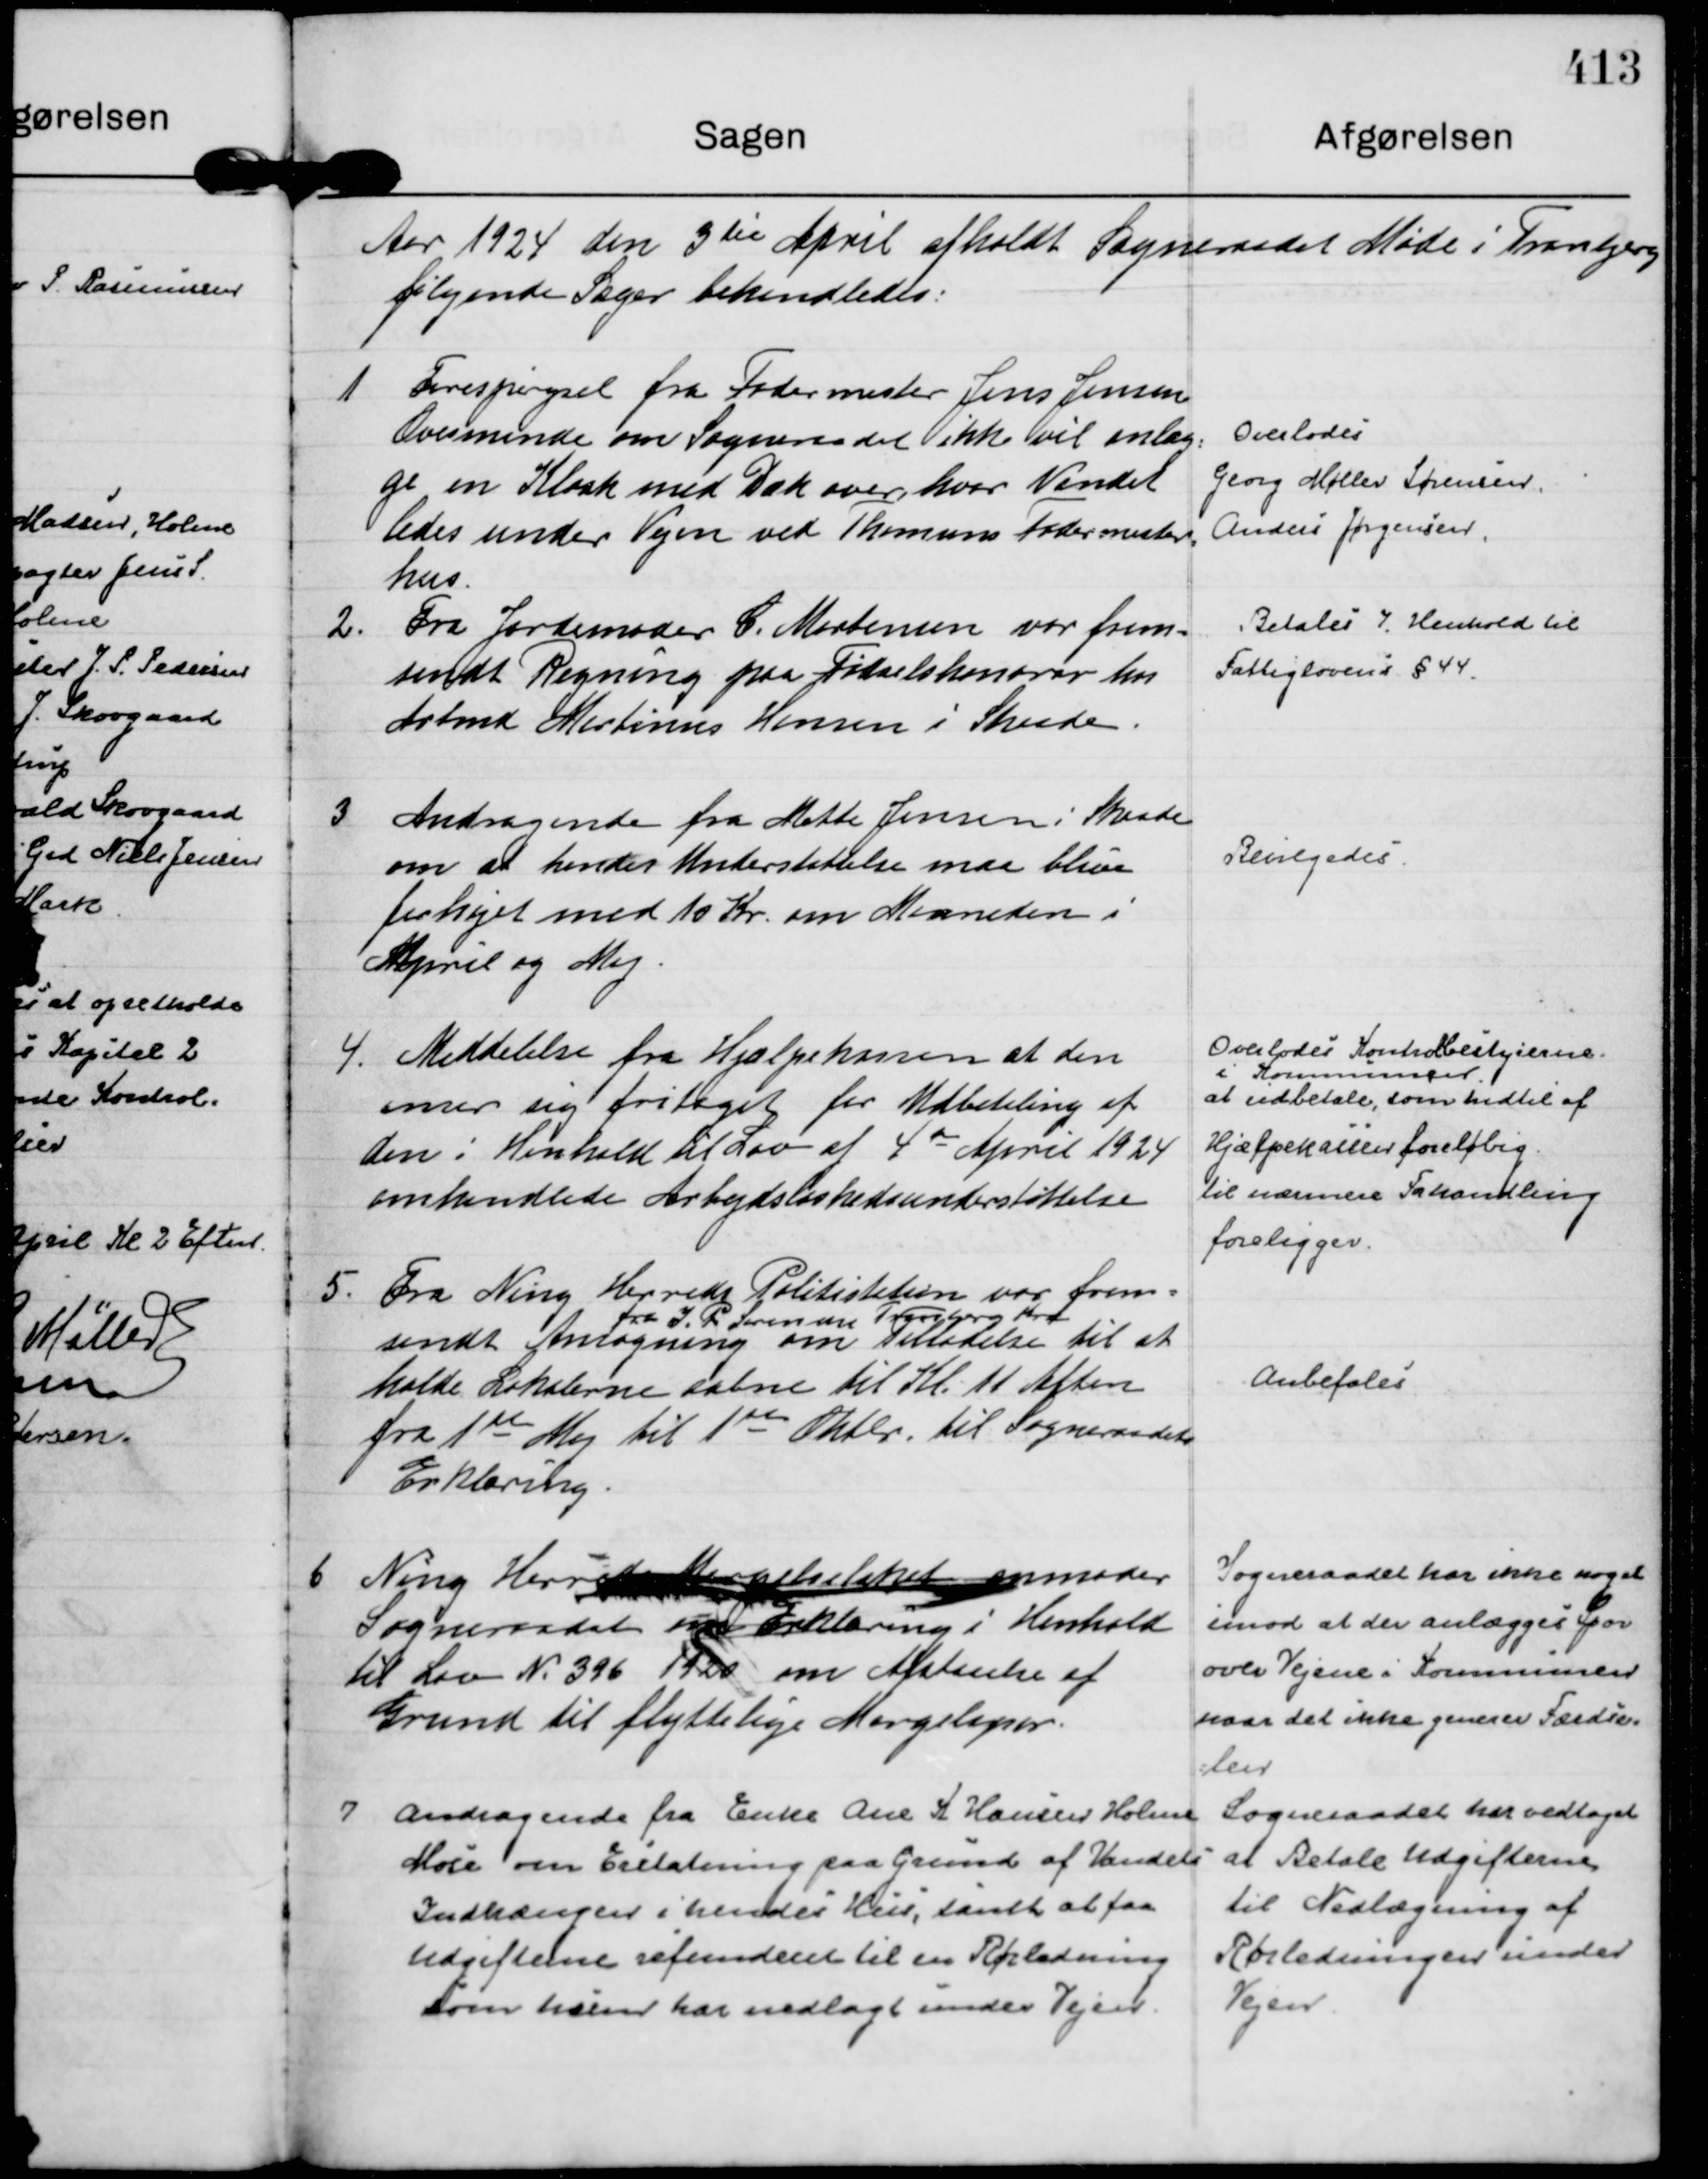
Transskription:
Aar 1924 den 3 die April afholdt Sogneraadet Møde i Tranbjerg
følgende Sager behandledes:

1
Forespørgsel fra Fodermester Jens Jensen
Ovesminde om Sogneraadet ikke vil anlæg=
ge en Kloak med Dæk over hvor Vandet
ledes under Vejen ved Thomsens Fodermester=
hus.

Overlodes
Georg Møller Sørensen,
Anders Jørgensen.

2.
Fra Jordemoder C. Mortensen var frem=
sendt Regning paa Fødselshonorar hos
Arbmd Martinus Hansen i Skaade.

Betales i Henhold til
Fattiglovens § 44.

3
Andragende fra Mette Jensen i Skaade
om at hendes Understøttelse maa blive
forhøjet med 10 Kr. om Maaneden i
April og Maj.

Bevilgedes.

4.
Meddelelse fra Hjælpekassen at den
anser sig fritaget for Udbetaling af
den i Henhold til Lov af 4 de April 1924
omhandlede Arbejdsløshedsunderstøttelse

Overlodes Kontrolbestyrerne.
I Kommunen
at udbetale, som hidtil af
Hjælpekassen foreløbig
til nærmere Forhandling
foreligger.

5.
Fra Ning Herreds Politistation var frem=
sendt Ansøgning
fra I. P. Sørensen Tranbjerg Kro
om Tilladelse til at
holde Lokalerne aabne til Kl. 11 Aften
fra 1 ste Maj til 1ste

Oktbr. til Sogneraadets
Erklæring.

Anbefales

6
Ning Herreds Mergelselskab anmoder
Sogneraadet om Erklæring i Henhold
til Lov N. 396 1920 om Afstaaelse af
Grund til flyttelige Mergelspor.

Sogneraadet har ikke noget
imod at der anlægges Spor
over Vejene i Kommunen
naar det ikke generer Færdse=
= len

7
Andragende fra Enke Ane K Hansen Holme
Mose om Erstatning paa Grund af Vandets 
Indtrængen i hendes Hus, samt at faa
Udgifterne refunderet til en Rørledning
som hun har nedlagt under Vejen.

Sogneraadet har vedtaget
at Betale Udgifterne
til Nedlægning af
Rørledningen under
Vejen.